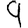
Digit: 9